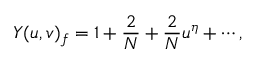
Y ( u , v ) _ { f } = 1 + \frac { 2 } { N } + \frac { 2 } { N } u ^ { \eta } + \cdots ,